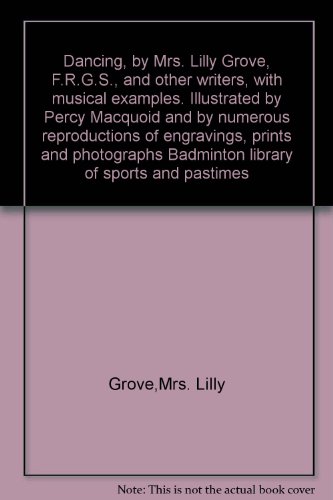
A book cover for Dancing, by Mrs. Lilly Grove, F.R.G.S., and other writers, with musical examples. Illustrated by Percy Macquoid and by numerous reproductions of engravings, prints and photographs Badminton library of sports and pastimes; Lily Grove Frazer; Sports & Outdoors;